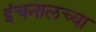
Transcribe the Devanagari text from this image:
इंचनालच्या